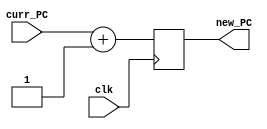
`timescale 1ns / 1ps

module PC(
	input clk,
	input [7:0] curr_PC,
	output reg [7:0] new_PC
   );

	always @(posedge clk)
	begin
		new_PC= curr_PC +1;
	end

endmodule